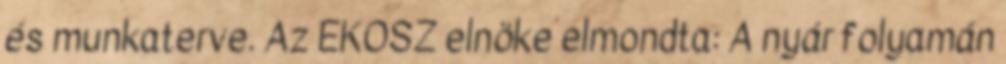
és munkaterve. Az EKOSZ elnöke elmondta: A nyár folyamán